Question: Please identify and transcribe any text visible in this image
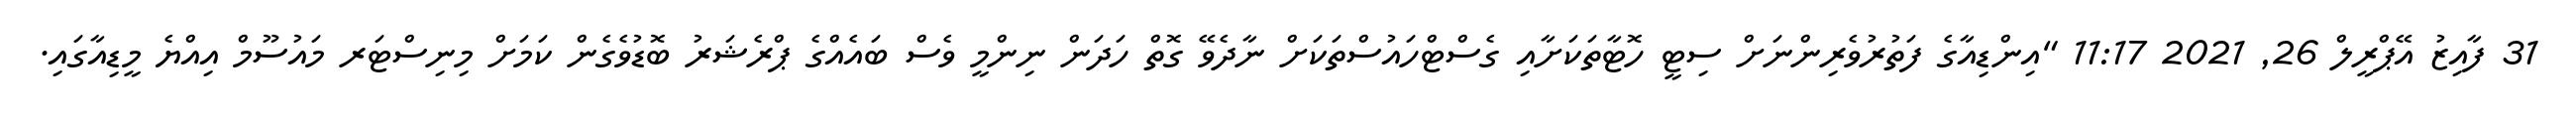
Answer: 31 ފާއިޒު އޭޕްރީލް 26, 2021 11:17 "އިންޑިއާގެ ފަތުރުވެރިންނަށް ސިޓީ ހޮޓާތަކަށާއި ގެސްޓްހައުސްތަކަށް ނާދެވޭ ގޮތް ހަދަން ނިންމީ ވެސް ބައެއްގެ ޕްރެޝަރު ބޮޑުވެގެން ކަމަށް މިނިސްޓަރ މައުސޫމް އިއްޔެ މީޑިއާގައި.